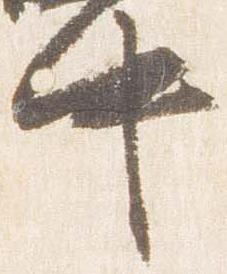
中